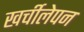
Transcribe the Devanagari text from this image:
खर्चीलेपन